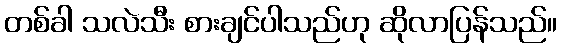
တစ်ခါ သလဲသီး စားချင်ပါသည်ဟု ဆိုလာပြန်သည်။